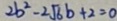
2 b ^ { 2 } - 2 \sqrt { 6 } b + 2 = 0